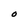
Character: O